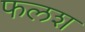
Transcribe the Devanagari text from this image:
फलश